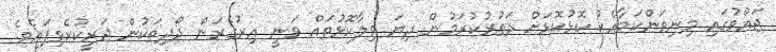
ޖައްވުގައި މިނިވަންކަމާއެކު ކޮޅުކޮޅަށް ދަތުރުކުރަމުން ދިޔަ ވިލާކޮޅުތައް ވަނީ އިރުގެރަން ދޯދިތަކުން ޖަރީކުރެވިފައެވެ.